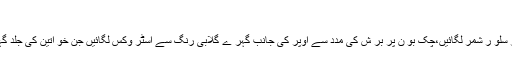
فیر ی چک
لیکو یڈ فا ؤنڈیشن کا ہلکا استعمال کر یں اب گالوں پر سلو ر شمر لگائیں،چک بو ن پر بر ش کی مدد سے اوپر کی جانب گہر ے گلابی رنگ سے اسٹر وکس لگائیں جن خو اتین کی جلد گہر ے رنگ کی ہے وہ ہلکے رنگ کا استعمال کریں۔